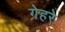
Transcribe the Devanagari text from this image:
गेहरे